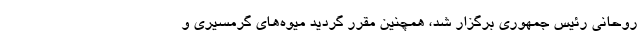
روحانی رئیس جمهوری برگزار شد، همچنین مقرر گردید میوه‌های گرمسیری و